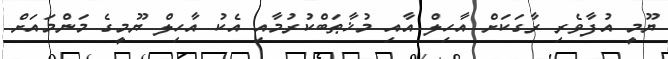
ޔޫމީ އުފާވެރި ރާގަކަށް އާހިލް އާއި މުޚާޠަބްކުރުމާއި އެކު އާހިލް ޔޫމީގެ މަންމައަށް